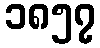
၁၈၅၇